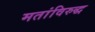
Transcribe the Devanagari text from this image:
मतांविरुद्ध